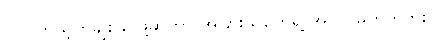
(၁) ကိုယ့်ကိုချစ်ခင်ဖို့ဆိုတာ အခြားသူတွေရဲ့ အလုပ်မဟုတ်ဘူး။